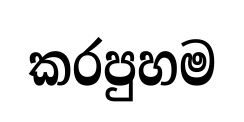
කරපුහම